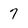
Character: 7